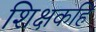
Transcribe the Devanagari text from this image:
शिक्षकहि